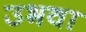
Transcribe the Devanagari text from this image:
उभवा